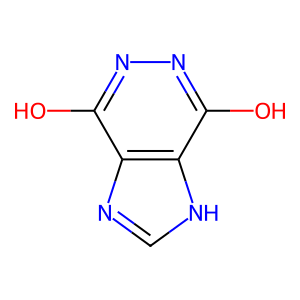
SMILES: Oc1nnc(O)c2[nH]cnc12
Inhibits HIV replication: No